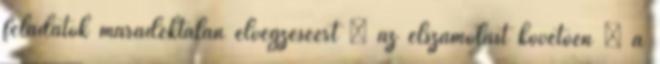
feladatok maradéktalan elvégzéséért  az elszámolást követően  a